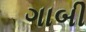
ગાબી